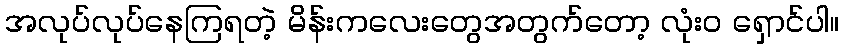
အလုပ်လုပ်နေကြရတဲ့ မိန်းကလေးတွေအတွက်တော့ လုံးဝ ရှောင်ပါ။